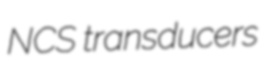
NCS transducers